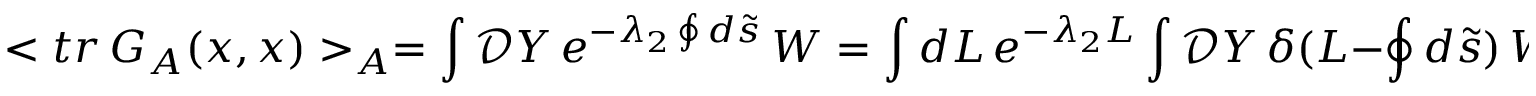
< t r \, G _ { \cal A } ( x , x ) > _ { \cal A } = \int { \mathcal { D } Y } \, e ^ { - { \lambda _ { 2 } } \oint { d } \tilde { s } } \, W = \int d L \, e ^ { - \lambda _ { 2 } L } \int { \mathcal { D } Y } \, \delta ( L - \oint { d } \tilde { s } ) \, W